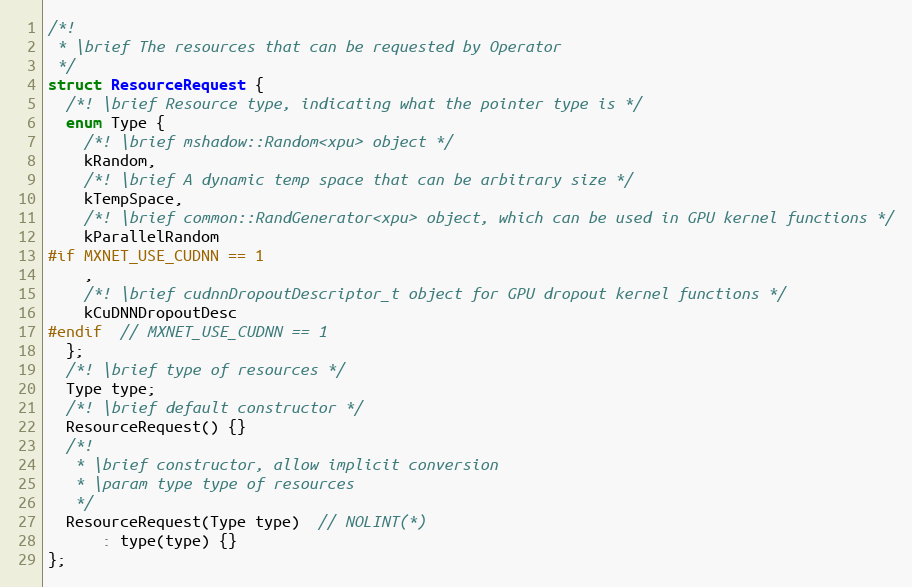
Language: C
/*!
 * \brief The resources that can be requested by Operator
 */
struct ResourceRequest {
  /*! \brief Resource type, indicating what the pointer type is */
  enum Type {
    /*! \brief mshadow::Random<xpu> object */
    kRandom,
    /*! \brief A dynamic temp space that can be arbitrary size */
    kTempSpace,
    /*! \brief common::RandGenerator<xpu> object, which can be used in GPU kernel functions */
    kParallelRandom
#if MXNET_USE_CUDNN == 1
    ,
    /*! \brief cudnnDropoutDescriptor_t object for GPU dropout kernel functions */
    kCuDNNDropoutDesc
#endif  // MXNET_USE_CUDNN == 1
  };
  /*! \brief type of resources */
  Type type;
  /*! \brief default constructor */
  ResourceRequest() {}
  /*!
   * \brief constructor, allow implicit conversion
   * \param type type of resources
   */
  ResourceRequest(Type type)  // NOLINT(*)
      : type(type) {}
};